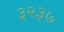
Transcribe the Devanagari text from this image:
३२३७